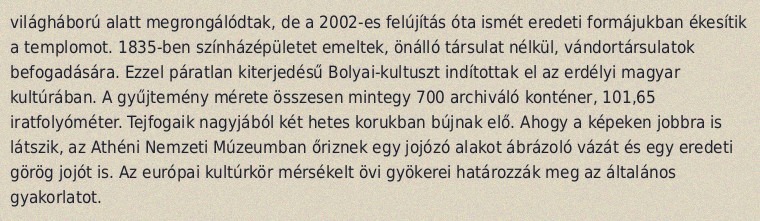
világháború alatt megrongálódtak, de a 2002-es felújítás óta ismét eredeti formájukban ékesítik a templomot. 1835-ben színházépületet emeltek, önálló társulat nélkül, vándortársulatok befogadására. Ezzel páratlan kiterjedésű Bolyai-kultuszt indítottak el az erdélyi magyar kultúrában. A gyűjtemény mérete összesen mintegy 700 archiváló konténer, 101,65 iratfolyóméter. Tejfogaik nagyjából két hetes korukban bújnak elő. Ahogy a képeken jobbra is látszik, az Athéni Nemzeti Múzeumban őriznek egy jojózó alakot ábrázoló vázát és egy eredeti görög jojót is. Az európai kultúrkör mérsékelt övi gyökerei határozzák meg az általános gyakorlatot.